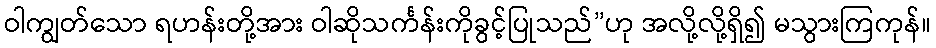
ဝါကျွတ်သော ရဟန်းတို့အား ဝါဆိုသင်္ကန်းကိုခွင့်ပြုသည်”ဟု အလို့လို့ရှိ၍ မသွားကြကုန်။